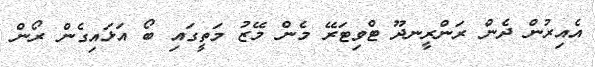
އެއިރުން ދެން ރަންރީނދޫ ޓްވިޓަރޭ މެން މޭޒު މަތީގައި ބޯ އަޅައިގެން ރޯން